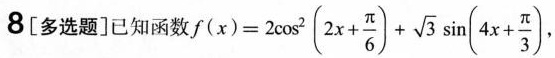
8[多选题]已知函数$$f ( x ) = 2 \cos ^ { 2 } ( 2 x + \frac { π } { 6 } ) + \sqrt { 3 } \sin ( 4 x + \frac { π } { 3 } )$$,